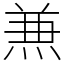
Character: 𠔥